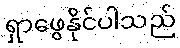
ရှာဖွေနိုင်ပါသည်